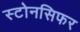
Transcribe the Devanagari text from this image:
स्टोनसिफर